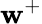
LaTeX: \mathbf{w}^{+}